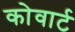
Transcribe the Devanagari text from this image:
कोवार्ट